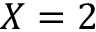
X = 2